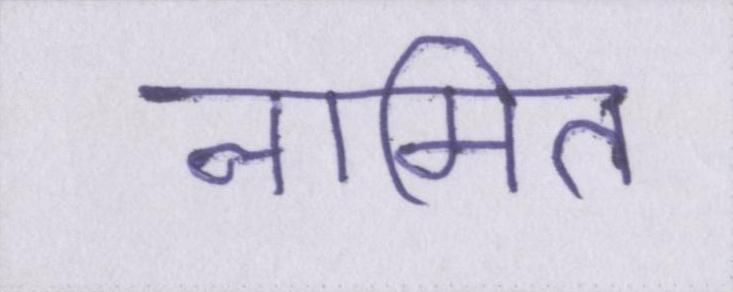
नामित